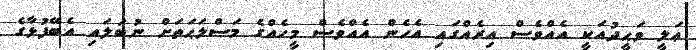
ޢަލީ ވަޙީދުއަކީ އެއްވެސް އިރެއްގައި އެހެން އެއްވެސް މީހެއްގެ މަޞްލަޙަތަށް ނުބަލައި އެބޭފުޅާގެ